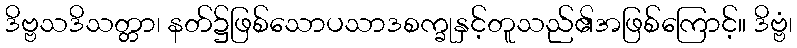
ဒိဗ္ဗသဒိသတ္တာ၊ နတ်၌ဖြစ်သောပသာဒစက္ခုနှင့်တူသည်၏အဖြစ်ကြောင့်။ ဒိဗ္ဗံ၊